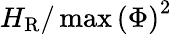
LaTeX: H_{\mathrm{R}}/\operatorname*{max}{(\Phi)}^{2}